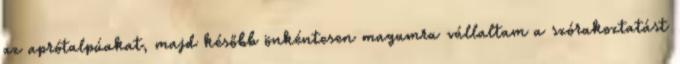
az aprótalpúakat, majd később önkéntesen magamra vállaltam a szórakoztatást